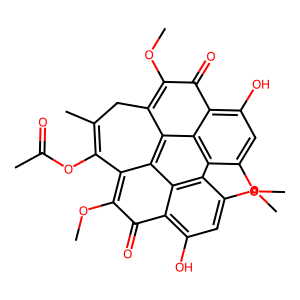
SMILES: COc1c2c3c4c(c(OC)c(=O)c5c(O)cc(OC)c(c6c(OC)cc(O)c(c1=O)c63)c54)C(OC(C)=O)=C(C)C2
Inhibits HIV replication: No